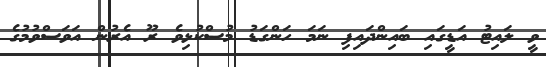
ވީ ލައިޓު އަޑީގައި ބައިންދައިފި ނަމަ ހަންގަޑު މުސްކުޅިވެ ރޫ އެރުން އަވަސްވުމުގެ